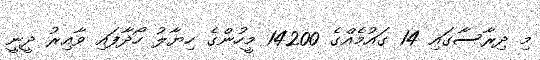
މި ދިރާސާގައި 14 ގައުމެއްގެ 14200 މީހުންގެ ހިޔާލު ހޯދާފައި ވާއިރު ދީނީ